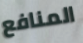
المنافع